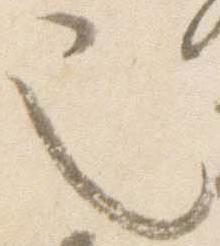
也